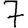
Digit: 7